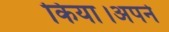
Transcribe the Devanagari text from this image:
किया।अपने